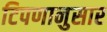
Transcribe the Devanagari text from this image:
टिपणानुसार